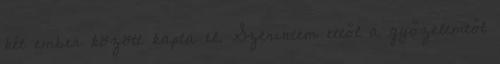
két ember között kapta el. Szerintem ettől a győzelemtől